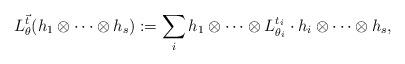
LaTeX: \begin{align*}L^{\vec{t}}_\theta( h_1\otimes \cdots \otimes h_s):= \sum_i h_1\otimes \cdots \otimes L^{t_i}_{\theta_i}\cdot h_i\otimes \cdots \otimes h_s, \end{align*}